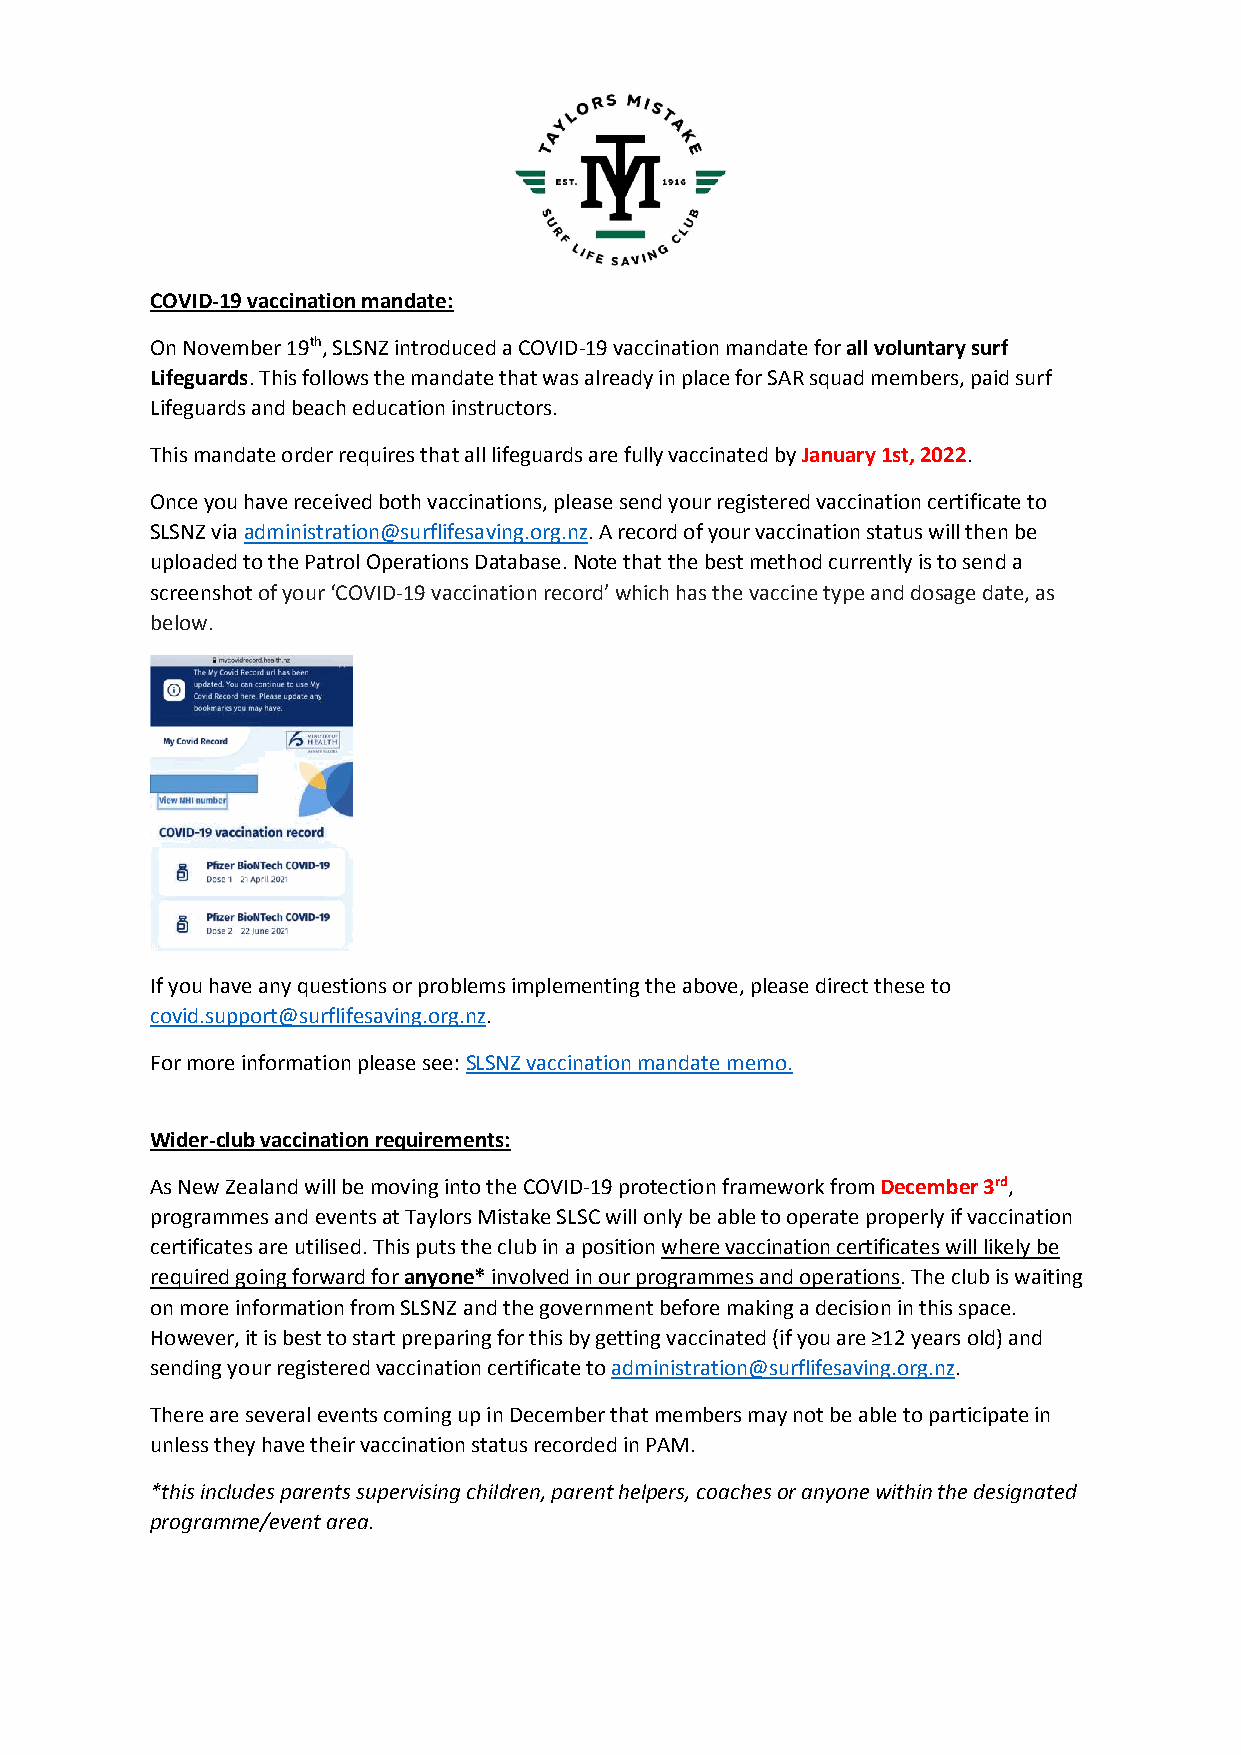
COVID-19 vaccination mandate:
 On November 19th, SLSNZ introduced a COVID-19 vaccination mandate for all voluntary surf
 Lifeguards. This follows the mandate that was already in place for SAR squad members, paid surf
 Lifeguards and beach education instructors.
 This mandate order requires that all lifeguards are fully vaccinated by January 1st, 2022.
 Once you have received both vaccinations, please send your registered vaccination certificate to
 SLSNZ via administration@surflifesaving.org.nz. A record of your vaccination status will then be
 uploaded to the Patrol Operations Database. Note that the best method currently is to send a
 screenshot of your ‘COVID-19 vaccination record’ which has the vaccine type and dosage date, as
 below.
 If you have any questions or problems implementing the above, please direct these to
 covid.support@surflifesaving.org.nz.
 For more information please see: SLSNZ vaccination mandate memo.
 Wider-club vaccination requirements:
 As New Zealand will be moving into the COVID-19 protection framework from December 3rd,
 programmes and events at Taylors Mistake SLSC will only be able to operate properly if vaccination
 certificates are utilised. This puts the club in a position where vaccination certificates will likely be
 required going forward for anyone* involved in our programmes and operations. The club is waiting
 on more information from SLSNZ and the government before making a decision in this space.
 However, it is best to start preparing for this by getting vaccinated (if you are ≥12 years old) and
 sending your registered vaccination certificate to administration@surflifesaving.org.nz.
 There are several events coming up in December that members may not be able to participate in
 unless they have their vaccination status recorded in PAM.
 *this includes parents supervising children, parent helpers, coaches or anyone within the designated
 programme/event area.